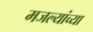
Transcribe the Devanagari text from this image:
मजल्यांच्या